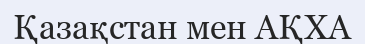
Қазақстан мен АҚХА